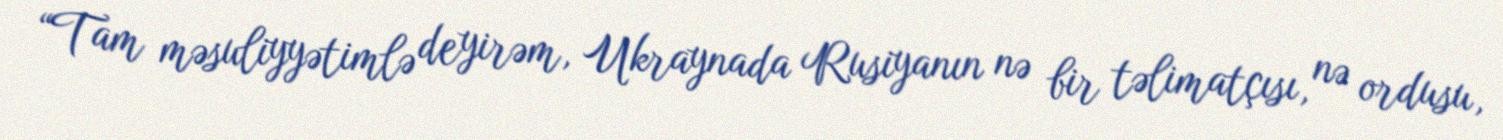
“Tam məsuliyyətimlə deyirəm, Ukraynada Rusiyanın nə bir təlimatçısı, nə ordusu,